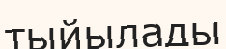
тыйылады